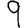
Digit: 9